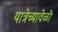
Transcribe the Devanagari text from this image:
यात्रेच्यावेळी